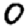
Digit: 0